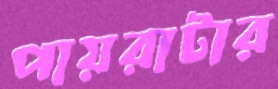
পায়রাটার